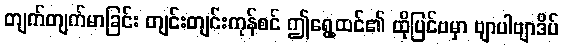
တျက်တျက်မာခြင်း တျင်းတျင်းကုန်စင် ဤရွေ့ထင်၏ ထိုပြင်ဗမှာ ဗျာပါဗျာဒိပ်